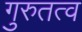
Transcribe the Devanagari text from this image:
गुरुतत्व